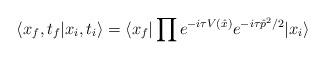
LaTeX: \begin{align*}\langle x_{f},t_{f} | x_{i},t_{i} \rangle = \langle x_{f} | \prod e^{-i\tau V(\hat{x})} e^{-i\tau \hat{p}^{2}/2} | x_{i} \rangle \end{align*}